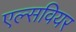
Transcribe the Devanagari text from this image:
एल्सवियर